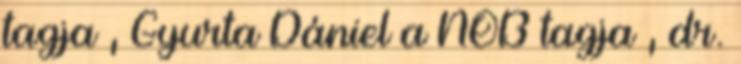
tagja , Gyurta Dániel a NOB tagja , dr.